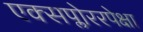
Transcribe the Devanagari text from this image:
एक्सप्लोररपेक्षा